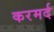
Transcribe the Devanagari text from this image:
करमर्द